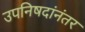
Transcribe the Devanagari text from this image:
उपनिषदांनंतर